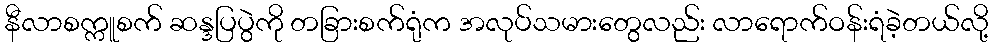
နီလာစက္ကူစက် ဆန္ဒပြပွဲကို တခြားစက်ရုံက အလုပ်သမားတွေလည်း လာရောက်ဝန်းရံခဲ့တယ်လို့